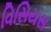
વિસિયસ